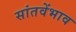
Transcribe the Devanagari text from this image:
सांतवेंभाव